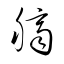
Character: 臍